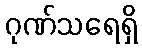
ဂုဏ်သရေရှိ